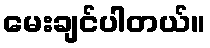
မေးချင်ပါတယ်။